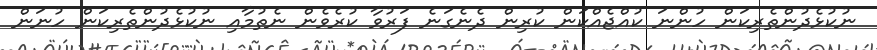
ނުކުޅެދުންތެރިކަން ހުންނަ ކުއްޖެއްކަން ކުރިން ދެނެގަނެ ފަރުވާ ކުރެވެން ނެތުމާއި ނުކުޅެދުންތެރިކަން ހުނަން